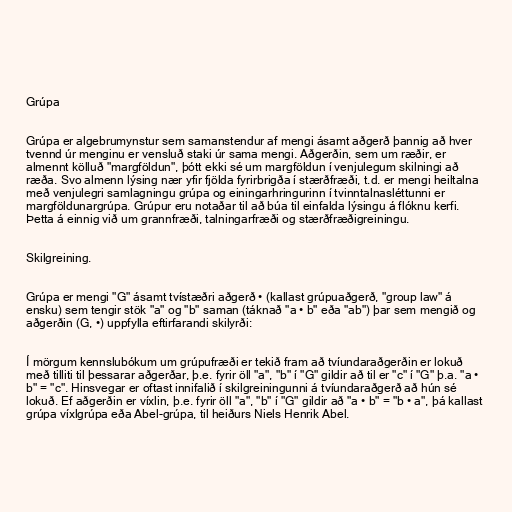
Grúpa

Grúpa er algebrumynstur sem samanstendur af mengi ásamt aðgerð þannig að hver
tvennd úr menginu er vensluð staki úr sama mengi. Aðgerðin, sem um ræðir, er
almennt kölluð "margföldun", þótt ekki sé um margföldun í venjulegum skilningi að
ræða. Svo almenn lýsing nær yfir fjölda fyrirbrigða í stærðfræði, t.d. er mengi heiltalna
með venjulegri samlagningu grúpa og einingarhringurinn í tvinntalnasléttunni er
margföldunargrúpa. Grúpur eru notaðar til að búa til einfalda lýsingu á flóknu kerfi.
Þetta á einnig við um grannfræði, talningarfræði og stærðfræðigreiningu.

Skilgreining.

Grúpa er mengi "G" ásamt tvístæðri aðgerð • (kallast grúpuaðgerð, "group law" á
ensku) sem tengir stök "a" og "b" saman (táknað "a • b" eða "ab") þar sem mengið og
aðgerðin (G, •) uppfylla eftirfarandi skilyrði:

Í mörgum kennslubókum um grúpufræði er tekið fram að tvíundaraðgerðin er lokuð
með tilliti til þessarar aðgerðar, þ.e. fyrir öll "a", "b" í "G" gildir að til er "c" í "G" þ.a. "a •
b" = "c". Hinsvegar er oftast innifalið í skilgreiningunni á tvíundaraðgerð að hún sé
lokuð. Ef aðgerðin er víxlin, þ.e. fyrir öll "a", "b" í "G" gildir að "a • b" = "b • a", þá kallast
grúpa víxlgrúpa eða Abel-grúpa, til heiðurs Niels Henrik Abel.